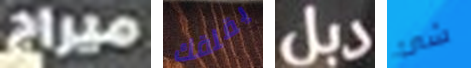
ميراج يقلقك دبل شئ